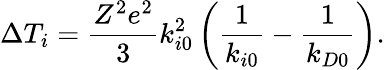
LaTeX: \Delta T_{i}=\frac{Z^{2}e^{2}}{3}k_{i0}^{2}\left(\frac{1}{k_{i0}}-\frac{1}{k_{D0}}\right).